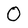
Character: 0